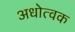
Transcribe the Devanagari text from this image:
अधोत्वक